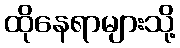
ထိုနေရာများသို့